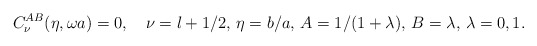
\begin{align*}C_\nu ^{AB}(\eta ,\omega a)=0,\quad \nu =l+1/2,\, \eta =b/a,\, A=1/(1+\lambda),\, B=\lambda,\, \lambda =0,1.\end{align*}